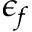
\epsilon _ { f }